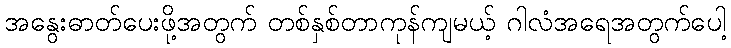
အနွေးဓာတ်ပေးဖို့အတွက် တစ်နှစ်တာကုန်ကျမယ့် ဂါလံအရေအတွက်ပေါ့